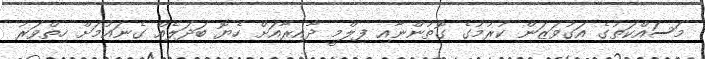
މަސައްކަތުގެ އަގުވަޒަން ކުރުމުގެ ގޮތުންނާއި ފިލްމީ ދާއިރާއަށް ހެޔޮ ބަދަލެއް ގެނައުމަށް ހިތްވަރު